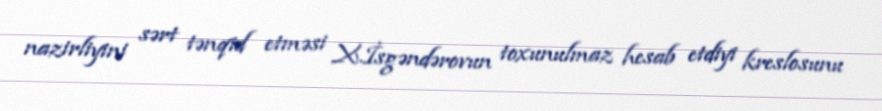
nazirliyini sərt tənqid etməsi X.İsgəndərovun toxunulmaz hesab etdiyi kreslosunu